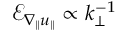
\mathcal { E } _ { \nabla _ { \| } u _ { \| } } \propto k _ { \perp } ^ { - 1 }